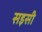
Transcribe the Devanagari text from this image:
सइसी